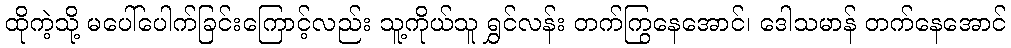
ထိုကဲ့သို့ မပေါ်ပေါက်ခြင်းကြောင့်လည်း သူ့ကိုယ်သူ ရွှင်လန်း တက်ကြွနေအောင်၊ ဒေါသမာန် တက်နေအောင်